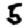
Digit: 5